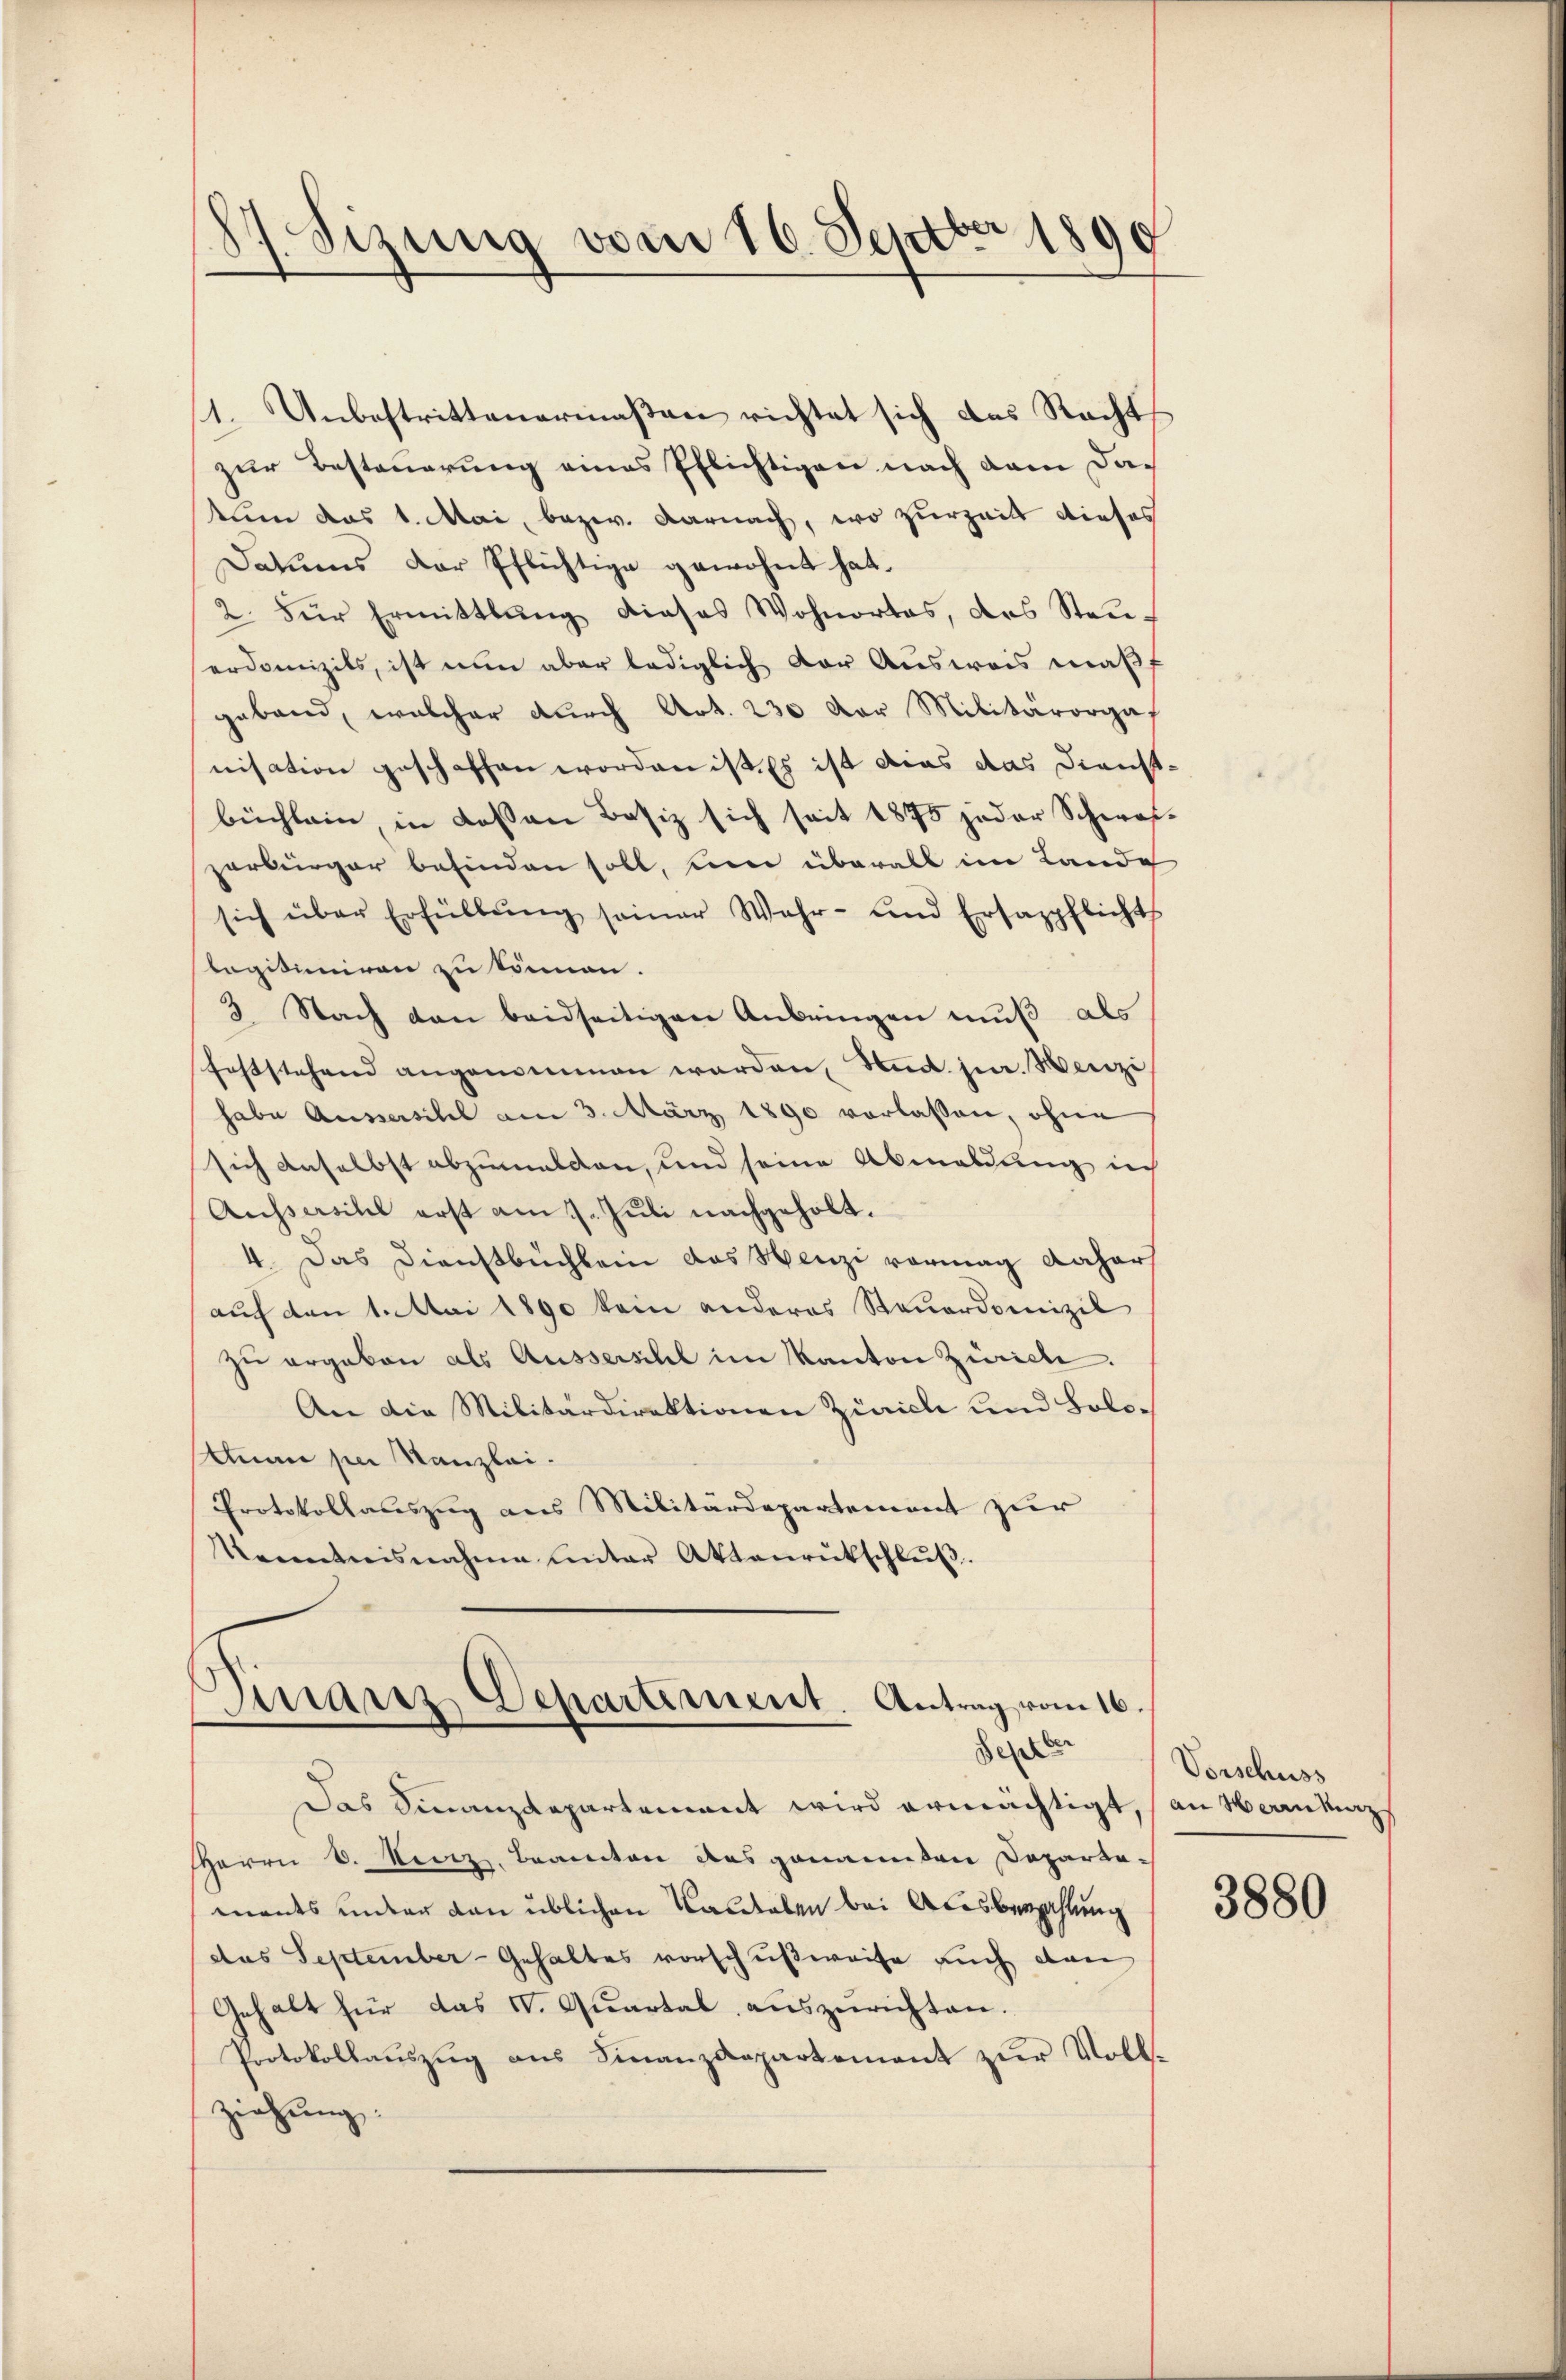
.
1. Sizung vom 16. Septbr 1890

1. Unbestrittenermaßen richtet sich das Recht
zur Besteuerung eines Pflichtigen nach dem Dac
tum das 1. Mai, bezw. Darnach, wo zurzeit dieses
Datums der Pflichtige gewohnt hat.
2. Für Ermittlung dieses Wohnortes, das Stan-
erdomizils, ist nun aber lediglich vor Ausweis maß
geband, welcher durch Art. 230 der Militärorgaf
nisation geschaffen worden ist. Es ist dies das Dienstbüchlein in dessen Besiz sich seit 1875 jeder Schwaszerbürger befinden soll, um überall im Lande
sich über Erfüllŭng seiner Wahr- und Ersazpflicht
legitimiren zu kommen.
3 Nach den beidseitigen Anbringen muß als
feststehend angenommen werden, und jur. Herzi
habe Aussersihl am 3. März 1890 vorlassen, ohne
sich anselbst abzumalden, und seine Abmeldung in
Aussersihl erst am 7. Juli nachgeholt.
4. Das Dienstbuchlein das Henzi vermag daher
auch den 1. Mai 1890 kein anderes Steuerdomizil
zŭ ergaben als Aussersihl im Kanton Zürich.
An die Militärdirektionen Zürich und Bolomnan pei Kanzlei-
Protokollauszug aus Militärdepartement zur
Krenntnisnahme unter Aktenrütschlŭβ.

Das Sinanzdepartement wird ermächtigt, an Herrnkur
HHerrn D. Reiz. Beamten des genannten Departa-
mants inder von üblichen Kardalen bei Acesbezahlung
das September-Gehaltes vorschußweise auch dan
Gehalt für das I. Quartal auszurichten.
Protokollaŭszŭg ans Finanzdepartement zŭr Voll-
ziehung:

Dinaris Departement. Antrag vom 16.
dester

Vorschuss

3880